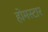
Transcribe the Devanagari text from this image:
होमस्टार